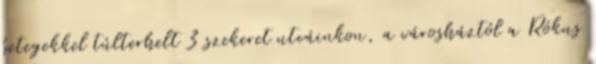
betegekkel túlterhelt 3 szekeret utcáinkon, a városháztól a Rókus